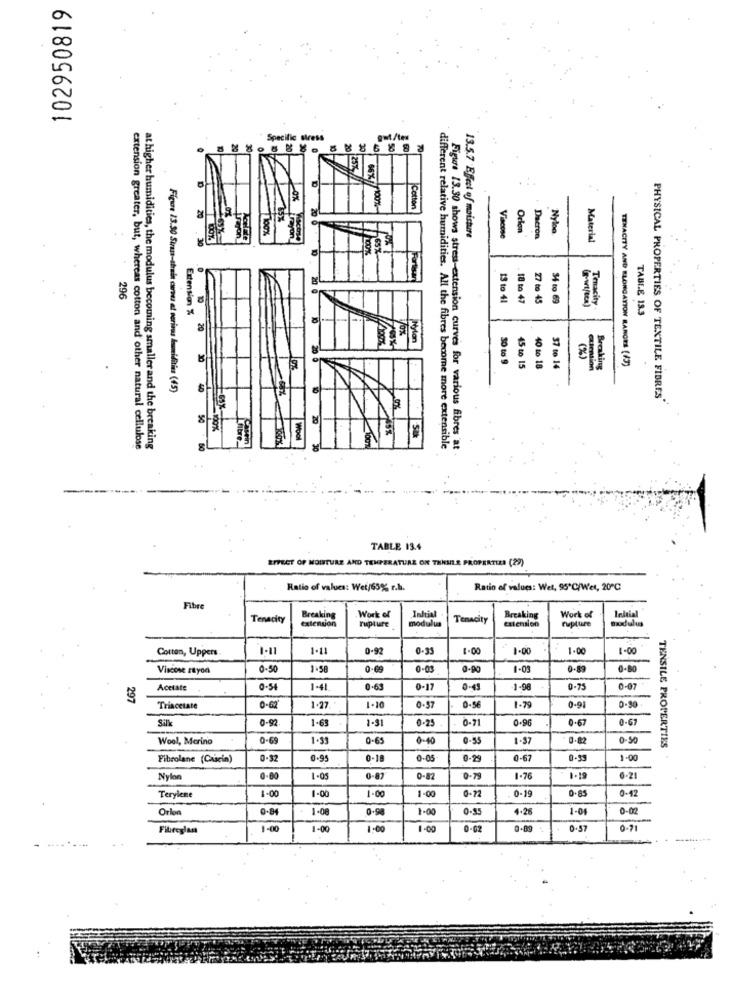
102950819
Specific stress
gut/tex
Cotton
20
20
9
Orlen
Nylon
30
Lrayon_
trayon
13.5.7 Effect of moisture
Viscose
Dacron
Material
296
10
13 to 41
18 to 47
27 to 45
$4 to 69
(g-wrt/Bck)
Tenacity
Extension %
TABLE 13.3
20
Nylon
30 to 9
(%)
Breaking
TENACITY AND ELONGATION RANCES (A3)
45 to 15
40 to 18
37 to 14
causemion
Figure 23.90 Sirsa-thela curva et parinous lammiditius (45)
PHYSICAL PROPERTIES OF TEXTILE FIBRES"
20
fibre
Wool
extension greater, but, whereas cotton and other natural cellulose
at higher humidities, the modulus becoming smaller and the breaking
different relative humidities. All the fibres become more extensible
Figure 13.30 shows stress-extension curves for various fibres at
TABLE 13.4
EFFECT OF MOISTURE AND TEMPERATURE ON TANULE PROPERTIES (29)
Ratio of values: Wet/63% r.b.
Ratio of values: Wet, 95ºC/Wet, 20℃
Fibre
Work of
Work of
Indrial
Tenacity
extension
Breaking
modulu
Tenacity
extension
Breaking
rupture
modulus
rupture
Cotton, Uppers
1.11
0-92
0-35
1.00
1.00
1.00
1-00
8
Viscose rayon
0.50
1+58
0-65
0-03
0-90
1-03
0.89
0.80
Acetate
0-54
1-41
0.63
0-17
0-45
1-98
0-75
0-07
297
0-80
Triacetate
0-62
1.27
1-10
0.57
0-56
1.79
0-91
Silk
0-92
1-63
1-31
0-25
0.71
0.96
0.67
0-67
Wool, Merino
0-69
1-33
0-65
0-40
0.55
1-57
0.82
0-50
TENSILE PROPERTIES
Fibrolane (Cascin)
0.32
0.95
0-18
0-05
0-29
0-67
1-00
Nylon
0.80
0-87
0-82
0.79
1-76
1.19
0-21
1-00
1-00
1-00
1-00
0-72
0-19
0.85
0.42
Terylene
Orlon
0.84
1-08
0.98
1.00
0-15
4.26
1-01
0-02
Fibreglass
1-00
1-00
1.00
1.00
0-02
0-89
0.57
0-71